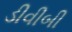
ડીવીબી